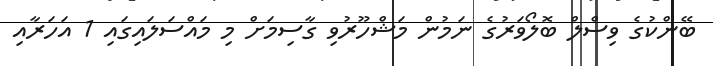
ބޭންކުގެ ވިސްލް ބޮލޯވަރުގެ ނަމުން މަޝްހޫރުވި ގާސިމަށް މި މައްސަލައިގައި 1 އަހަރާއި